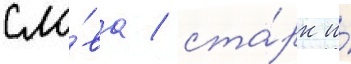
сло́ва / ста́рк и́